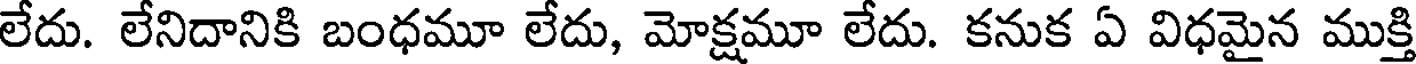
లేదు. లేనిదానికి బంధమూ లేదు, మోక్షమూ లేదు. కనుక ఏ విధమైన ముక్తి